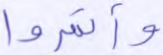
وأتمروا